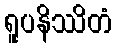
ရူပနိဿိတံ